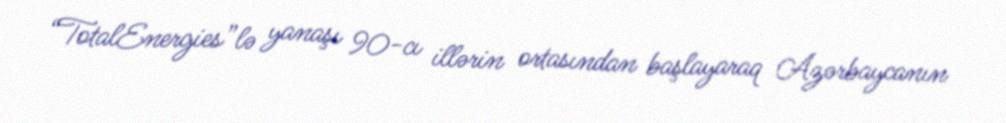
“TotalEnergies”lə yanaşı 90-cı illərin ortasından başlayaraq Azərbaycanın